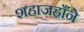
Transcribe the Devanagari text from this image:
शहाजहाँने